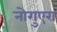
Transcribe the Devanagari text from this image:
नोगुएरा